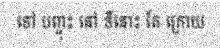
ទៅ បញ្ចុះ នៅ ទីនោះ តែ ក្រោយ